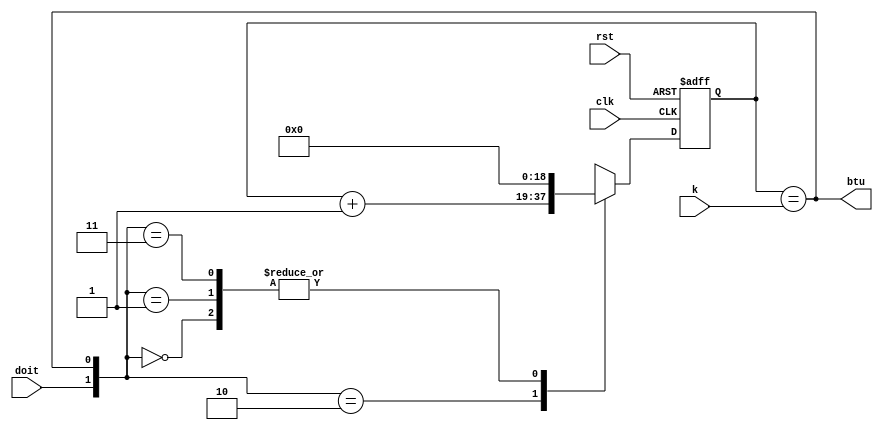
`timescale 1ns / 1ps

module btu_counter
    (
        input               clk ,
                            rst ,
                            doit,
        input       [18:0]  k   ,
        output              btu
    );
    
    reg [18:0]  count   ,
                n_count ;
    
    assign btu = (count == k);
    
    always@(posedge clk or posedge rst)
        if(rst)
            count   <=  19'b0;
        else
            count   <=  n_count;
    
    always@(*)
    begin
        case({doit, btu})
            2'b00:  n_count = 19'b0;
            2'b01:  n_count = 19'b0;
            2'b10:  n_count = count + 19'b1;
            2'b11:  n_count = 19'b0;
            default:n_count = count;
        endcase
    end
             
endmodule